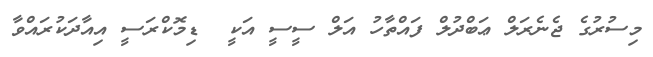
މިސުރުގެ ޖެނެރަލް ޢަބްދުލް ފައްތާހު އަލް ސީސީ އަކީ  ޑިމޮކްރަސީ އިއާދަކުރައްވާ